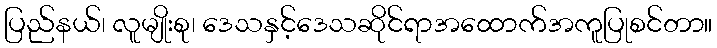
ပြည်နယ်၊ လူမျိုးစု၊ ဒေသနှင့်ဒေသဆိုင်ရာအထောက်အကူပြုစင်တာ။